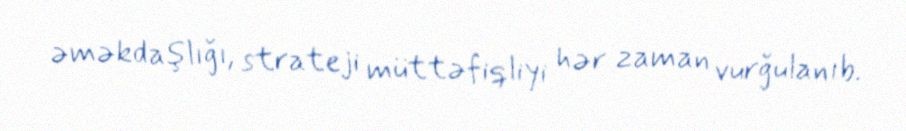
əməkdaşlığı, strateji müttəfiqliyi hər zaman vurğulanıb.